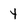
Character: 4